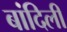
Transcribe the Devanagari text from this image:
बांदिली